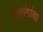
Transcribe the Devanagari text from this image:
तैलरंगांचा